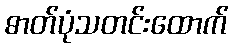
ဓာတ်ပုံသတင်းထောက်